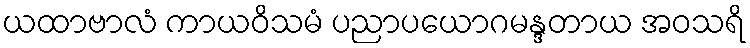
ယထာဗာလံ ကာယဝိသမံ ပညာပယောဂမန္ဒတာယ အဝသရိ